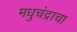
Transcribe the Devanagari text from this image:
मधुचंद्राचा